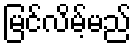
မြင်လိမ့်မည်